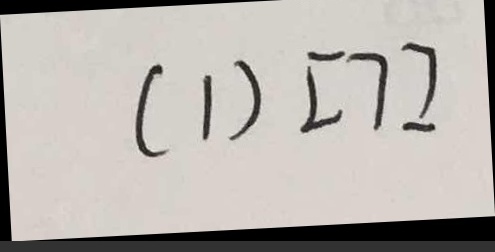
( 1 ) [ 7 ]